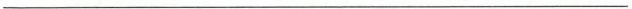
___